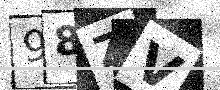
Text: 98ZV